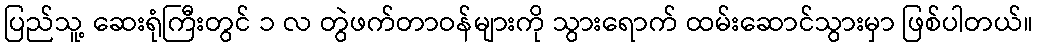
ပြည်သူ့ ဆေးရုံကြီးတွင် ၁ လ တွဲဖက်တာဝန်များကို သွားရောက် ထမ်းဆောင်သွားမှာ ဖြစ်ပါတယ်။